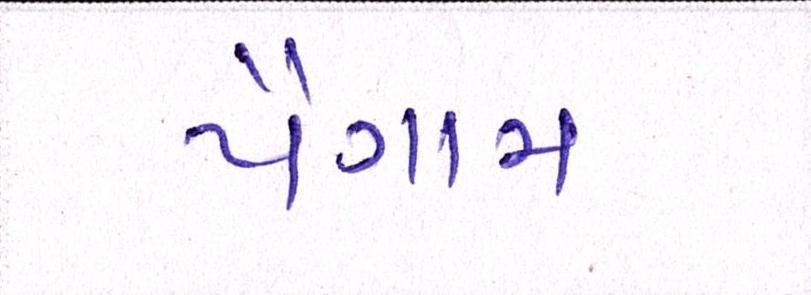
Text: પૈગામ